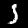
Digit: 5